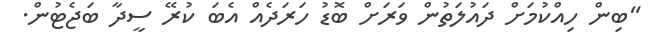
"ބިން ހިއްކުމަށް ދައުލަތުން ވަރަށް ބޮޑު ހަރަދެއް އެބަ ކުރޭ ސީދާ ބަޖެޓުން.